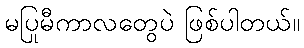
မပြုမီကာလတွေပဲ ဖြစ်ပါတယ်။